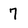
Character: 7